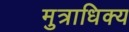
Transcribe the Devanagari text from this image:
मुत्राधिक्य